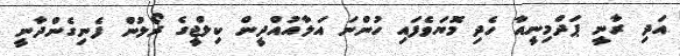
އަދި ރާނީ ޕަދްމިނީއާ ހެދި މޮޔަވެފައި ހުންނަ އަލާއުއްދީން ކިލްޖީގެ ރޯލުން ފެނިގެންދާނީ